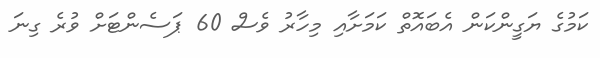
ކަމުގެ ޔަގީންކަން އެބައޮތް ކަމަށާއި މިހާރު ވެސް 60 ޕަސެންޓަށް ވުރެ ގިނަ